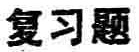
复习题